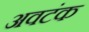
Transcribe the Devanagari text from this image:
अवटंक